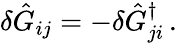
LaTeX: \delta\hat{G}_{ij}=-\delta\hat{G}_{ji}^{\dagger}\, .